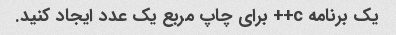
یک برنامه c++ برای چاپ مربع یک عدد ایجاد کنید.